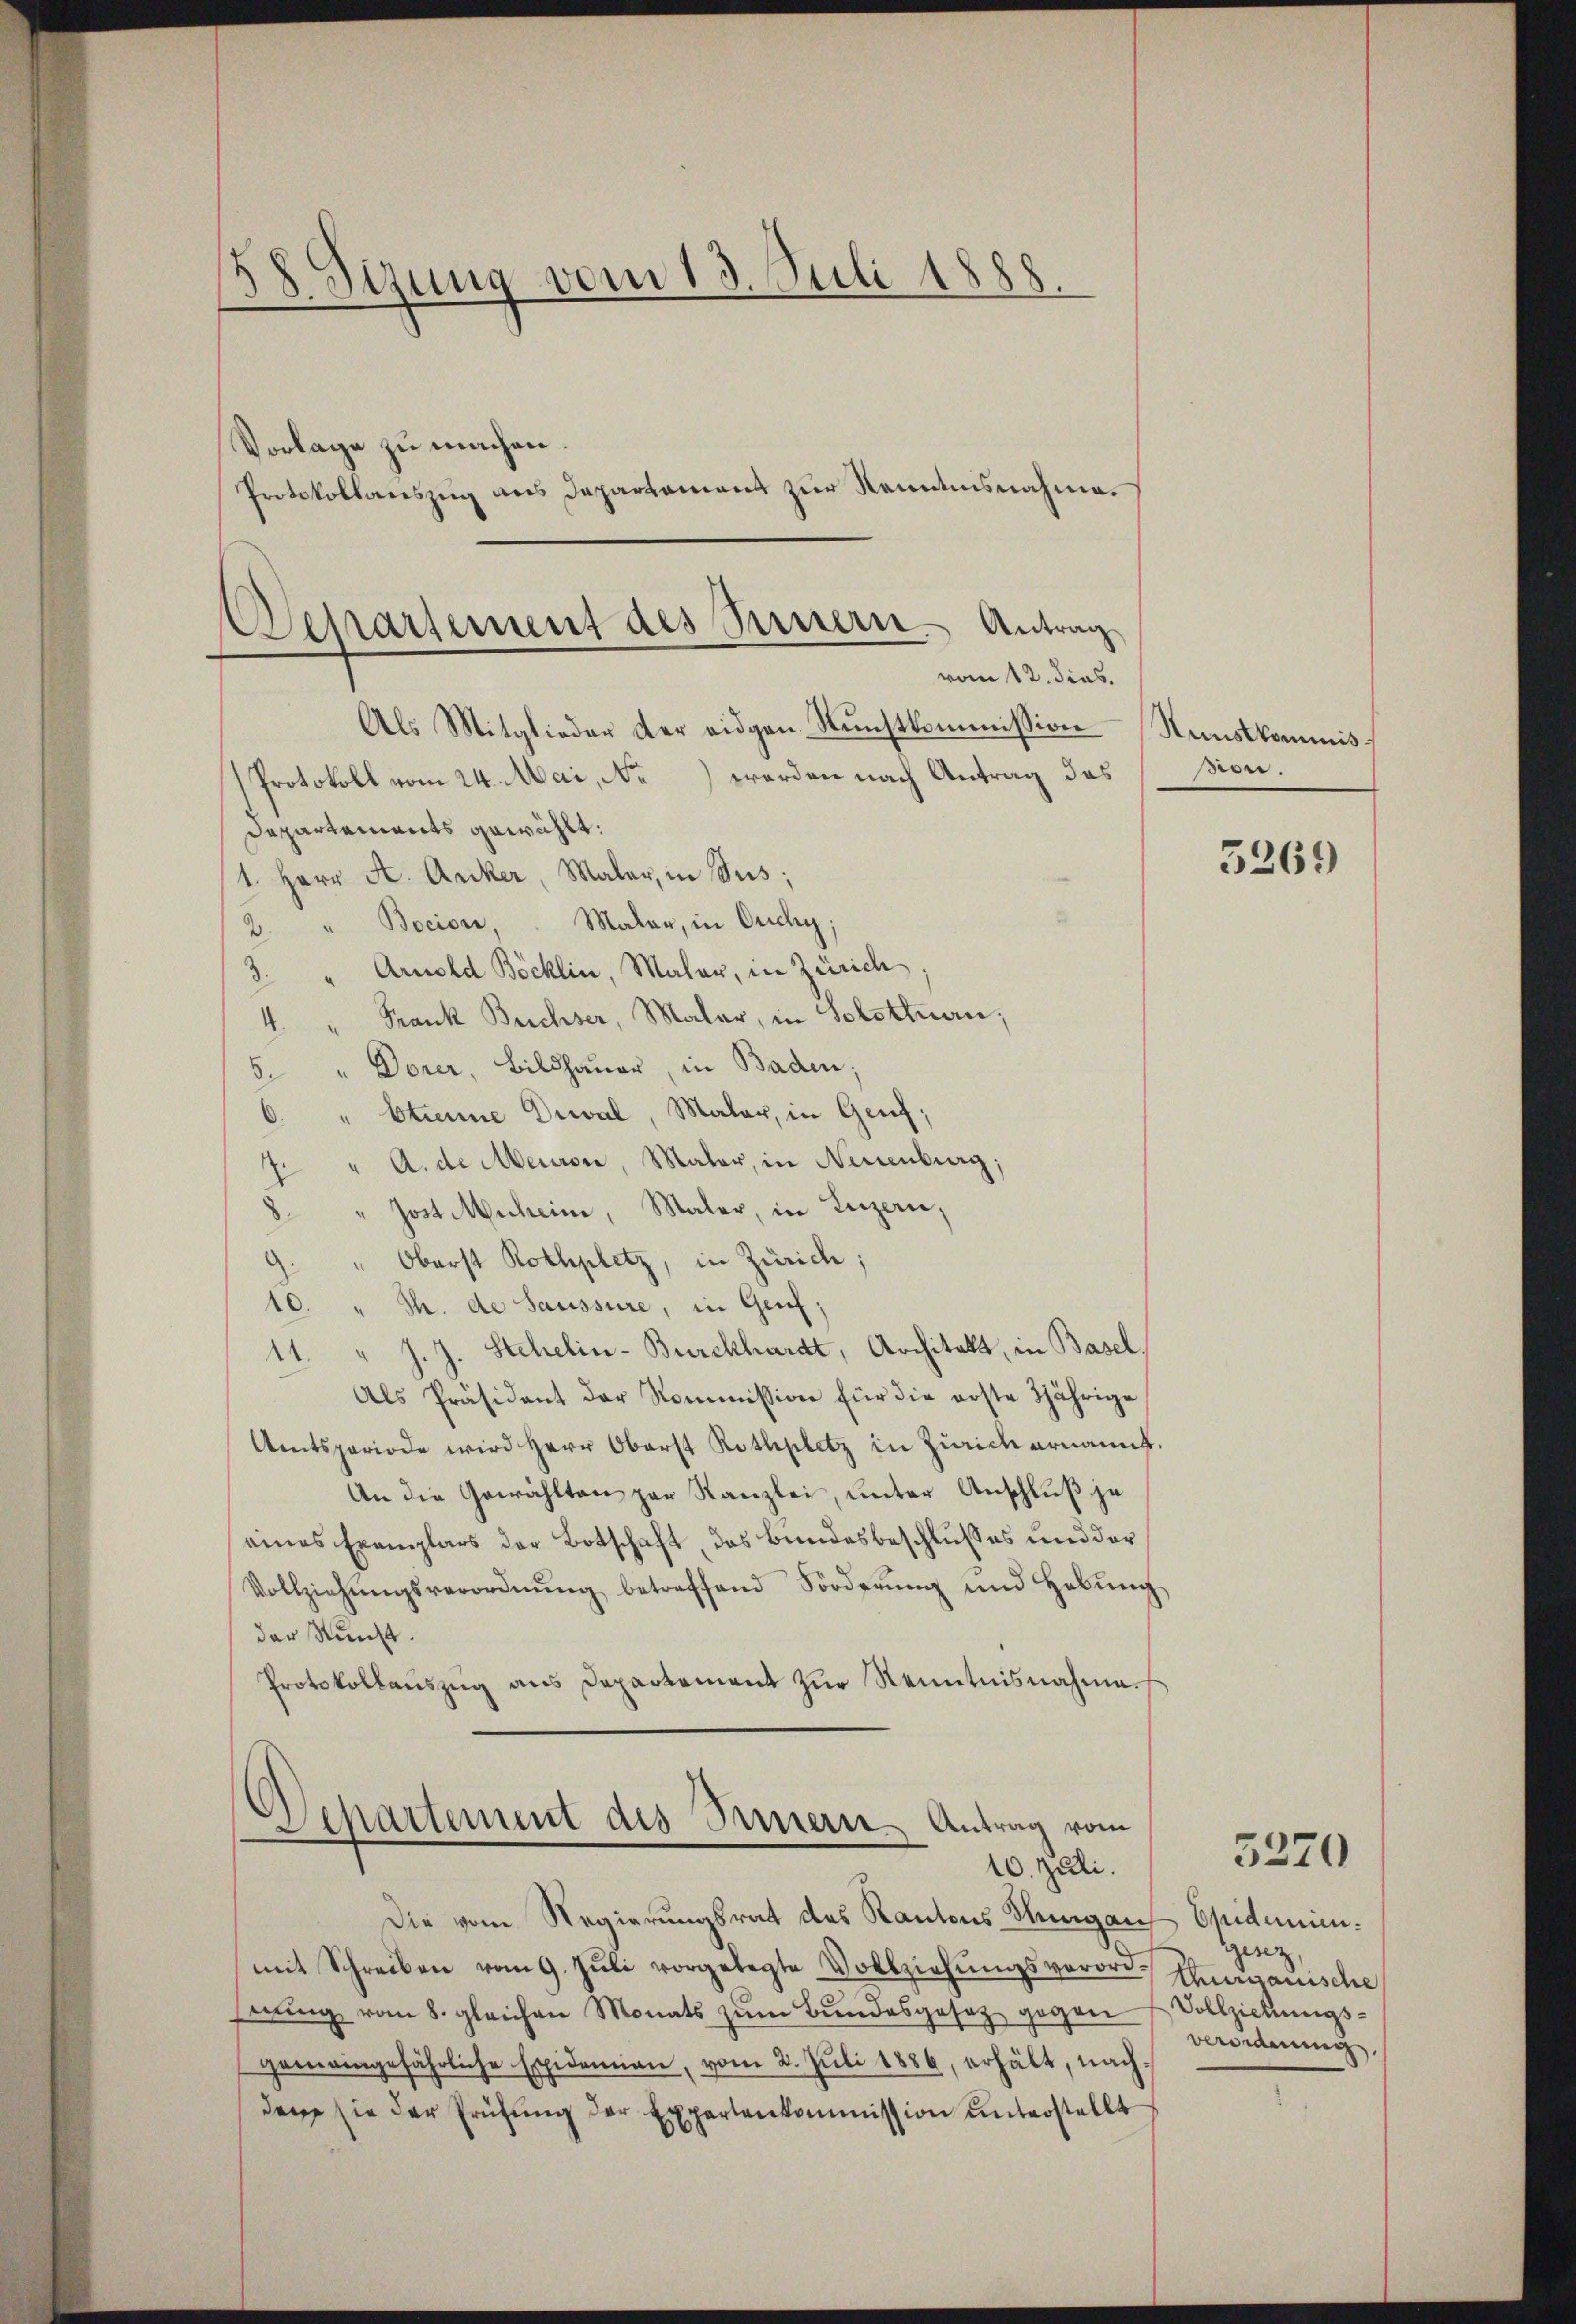
38 Sizung vom 13. Juli 1888.
Vorlage zu machen.

Protokollauszug aus Departament zur Kenntnisnahme.

Departement des Bernern. Antrag
vom 12. dies.

Departement des Innern Antrag vom
10. Juli.

Als Mitglieder der eidgen. Nŭnstkommission Nauskommis¬
Protokoll vom 24. Mai, N. worden nach Antrag das
Departements gewählt:
1. Herr A. Anker, Maler, in Sus;
2. " Bocion, Maler, in Ouchy;
Arnold Böcklin, Maler, in Zürich
3.
Frank Buchser, Maler, in Solothurn,
d
5. " Dorer, Bildhauer, in Baden;
6. " Etienne Diwal, Maler, in Genf;
7. " A. de Meuron, Maler, in Neuenburg;
Jost Muheine, Maler, in Luzern,
.
Oberst Rothplatz, in Zürich;
10. " Th. de Saussure, in Genf,
11. " J. J. Stehelin-Burckhardt, Architekt, in Basel,
Als Präsident der Kommission für die erste 2jährige
Amtsperiode wird Herr Oberst Rothplatz in Zürich ernannt.
An die Gewählten par Kanzlei, unter Anschluß je
eines Exemplars der Botschaft, das Bundesbeschlusses und der
Vollziehŭngsverordnŭng betreffend Förderŭng und Hebŭng
der Kunst.
Protokollauszug aus Departement zur Kenntnisnahme¬

Die vom Regierungsrat des Kantons Hungaus Epidemien.
mit Schreiben vom 9. Jŭli vorgelegte Vollziehŭngsverort Thurganische
rrung vom 8. gleichen Monats zum Bundesgesez gegen
gemeingefährliche Epidemien, vom 2. Jŭli 1886, erhält, nachden sie der Prüfung der Expertenkommission unterstellt

ber.

5269

Genz
Vollziehungsverordnung

5220